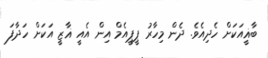
ބާޣީއަކަށް ހެދިއެވެ. ދެން މިހާރު ޕީޕީއެމް އިން އެއީ ޣާޒީ އަކަށް ހަދާފަ